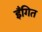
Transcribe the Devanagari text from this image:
इँगित